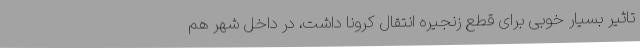
تاثیر بسیار خوبی برای قطع زنجیره انتقال کرونا داشت، در داخل شهر هم